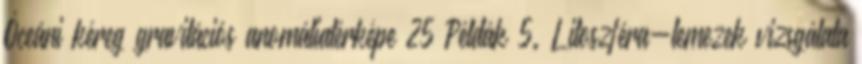
Óceáni kéreg gravitációs anomáliatérképe 25 Példák 5. Litoszféra-lemezek vizsgálata